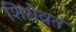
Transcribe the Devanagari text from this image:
शिरोव्रतं